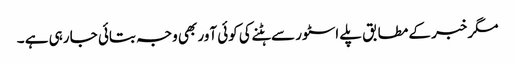
مگر خبر کے مطابق پلے اسٹور سے ہٹنے کی کوئی آور بھی وجہ بتائی جا رہی ہے ۔